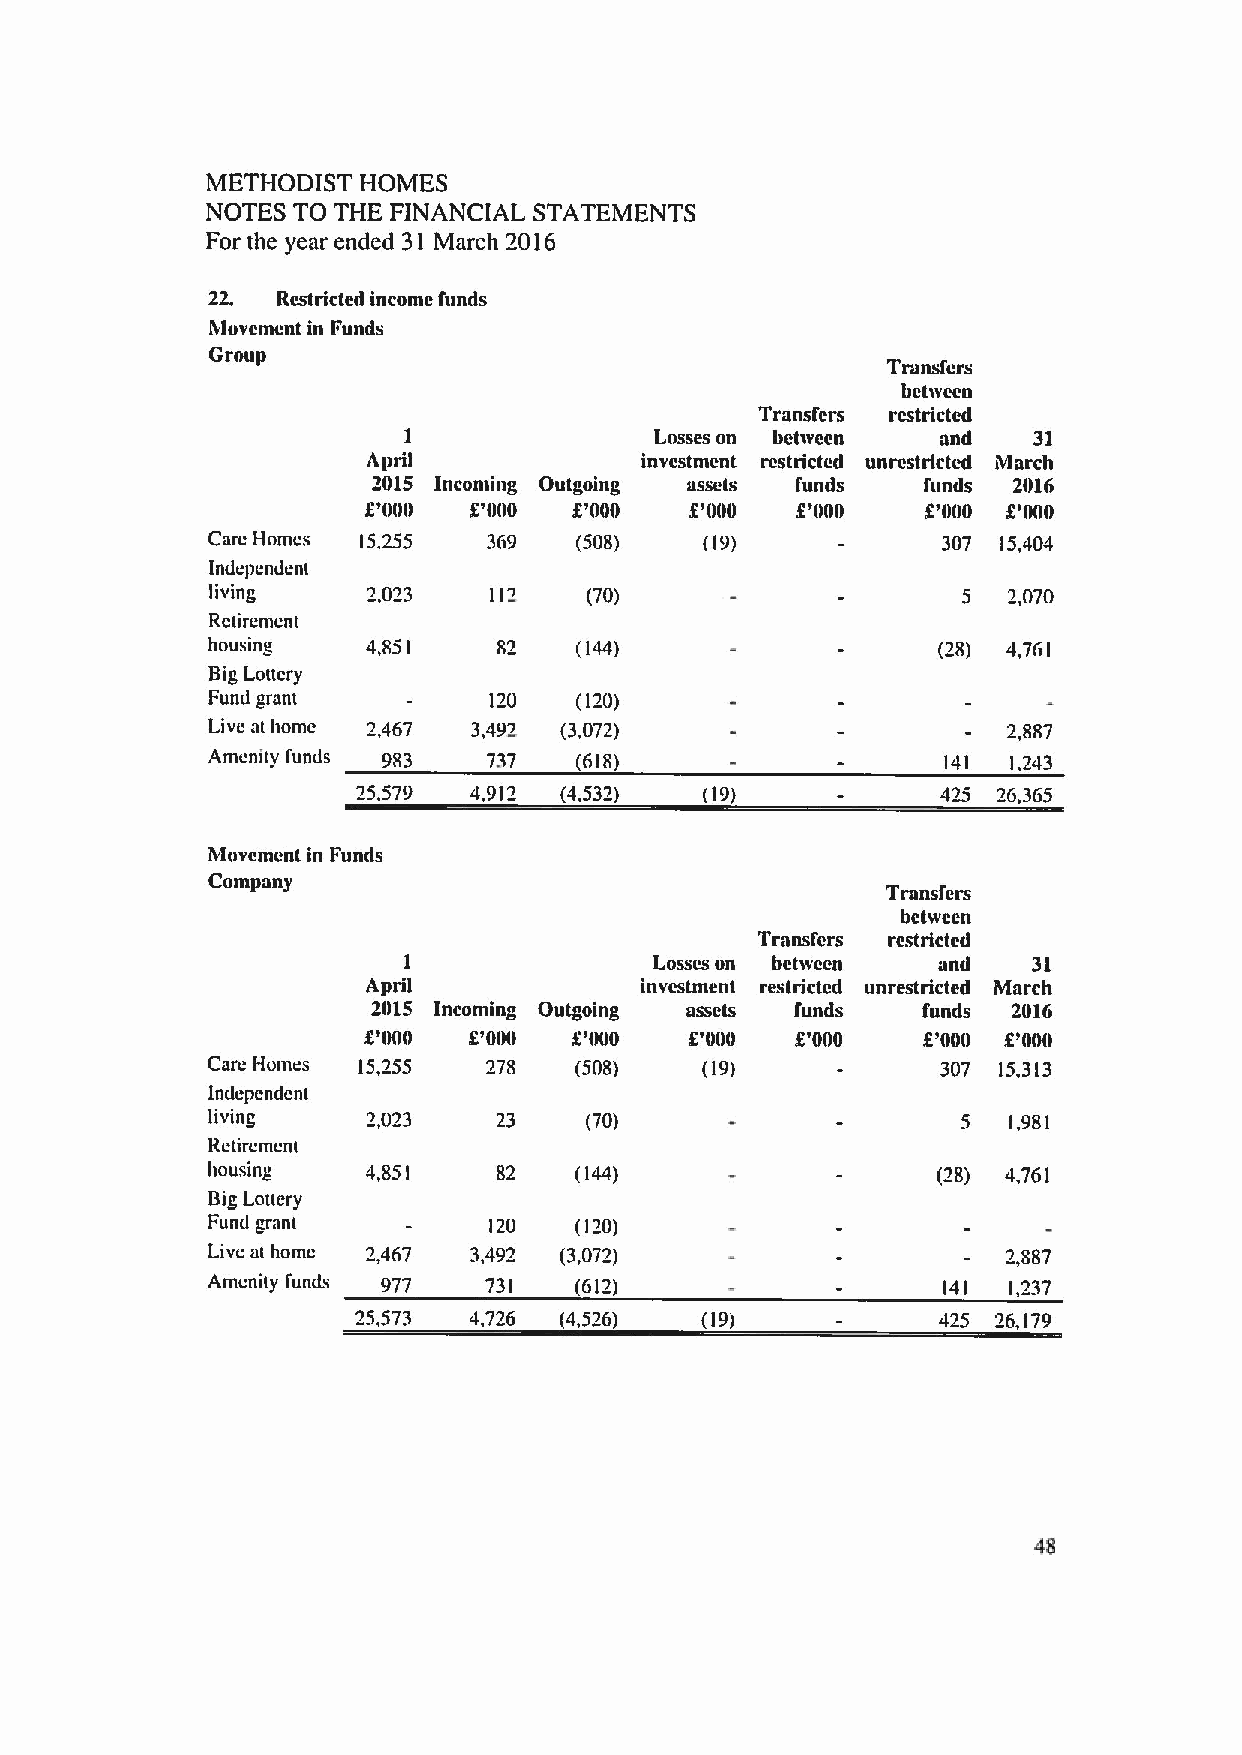
METHODIST HOMES
 NOTES TO THE FINANCIAL STATEMENTS
 For the year ended 31 March 2016
 22. Restricted income funds
 Movement in Funds
 Group
 Transfers
 between
 Transfers restricted
 I               Losses on between  and   31
 April             investment restricted unrestricted March
 2015 Incoming Outgoing asseis funds funds 2016
 COOO   X'000  X'000   POOO   X'000   g'000 X'000
 Care Homes 15,255 369   (508)    (19)           307 15,404
 lntll:pl:Iltlcnt
 living    2P23    112    (70)                     5  2,070
 Retirement
 housing   4,851         (144)                   (28) 4,761
 BigLottery
 Fund grant        120   (120)
 Live at home 2,467 3,492 (3,072)                     2,887
 Amenity funds 983 737   (618)                    141 1,243
 25,579 4,912 (4,532)   (19)           425 26,365
 Movemen( in Funds
 Company
 Transfers
 between
 Transfers restricted
 I               Losses on between  and   31
 April             investment restricted unrestricted March
 2015 Incoming Outgoing assets funds funds 2016
 K'000  K'000  X'000   g'000  X'000   X'000 POOR
 Care Homes 15,255 278   (508)   (19)            307 15,313
 Independent
 living    2P23     23    (70)                     5  1,981
 Retirement
 housing   4,851    82   (144)                   (28) 4,761
 BigLottery
 Fund grant        120   (120)
 Live at home 2,467 3,492 (3,072)                     2,887
 Amenity I'uads 977 73(  (612)                   141  1,237
 25,573 4,726 (4,526)  (19)            425 26,179
 48